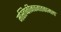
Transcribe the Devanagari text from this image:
मस्तिष्कीनवजातकामला